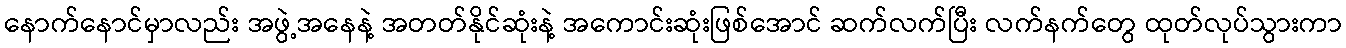
နောက်နောင်မှာလည်း အဖွဲ့အနေနဲ့ အတတ်နိုင်ဆုံးနဲ့ အကောင်းဆုံးဖြစ်အောင် ဆက်လက်ပြီး လက်နက်တွေ ထုတ်လုပ်သွားကာ